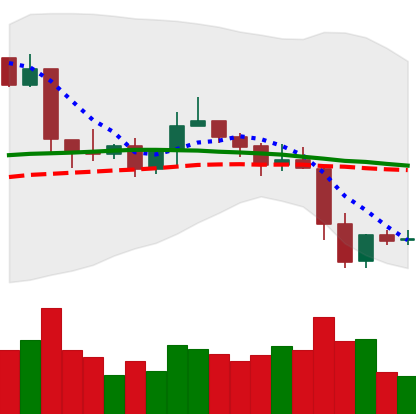
Ticker: XRP-USD
Chart end date: 2019-04-28
Forward return: 3.63%
Label: up_3_5